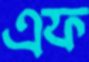
এফ